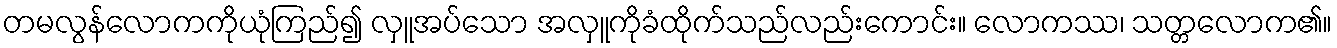
တမလွန်လောကကိုယုံကြည်၍ လှူအပ်သော အလှူကိုခံထိုက်သည်လည်းကောင်း။ လောကဿ၊ သတ္တလောက၏။